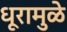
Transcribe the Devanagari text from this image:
धूरामुळे